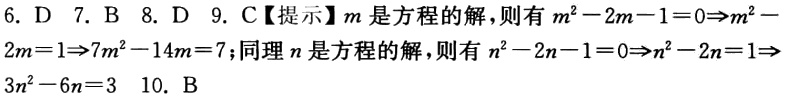
6. D 7. B 8. D 9. C【提示】$m$是方程的解，则有$m^{2}-2m - 1 = 0\Rightarrow m^{2}-2m = 1\Rightarrow 7m^{2}-14m = 7$；同理$n$是方程的解，则有$n^{2}-2n - 1 = 0\Rightarrow n^{2}-2n = 1\Rightarrow 3n^{2}-6n = 3$ 10. B